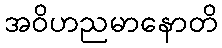
အဝိဟညမာနောတိ